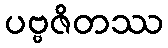
ပဗ္ဗဇိတဿ